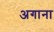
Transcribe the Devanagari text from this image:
अगाना